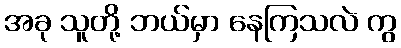
အခု သူတို့ ဘယ်မှာ နေကြသလဲ ကွ